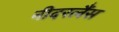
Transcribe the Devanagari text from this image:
नीदरलैंस